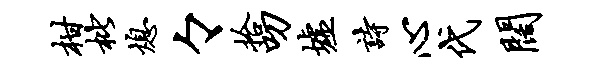
柑枇熄々拾叨墟诗心代阔